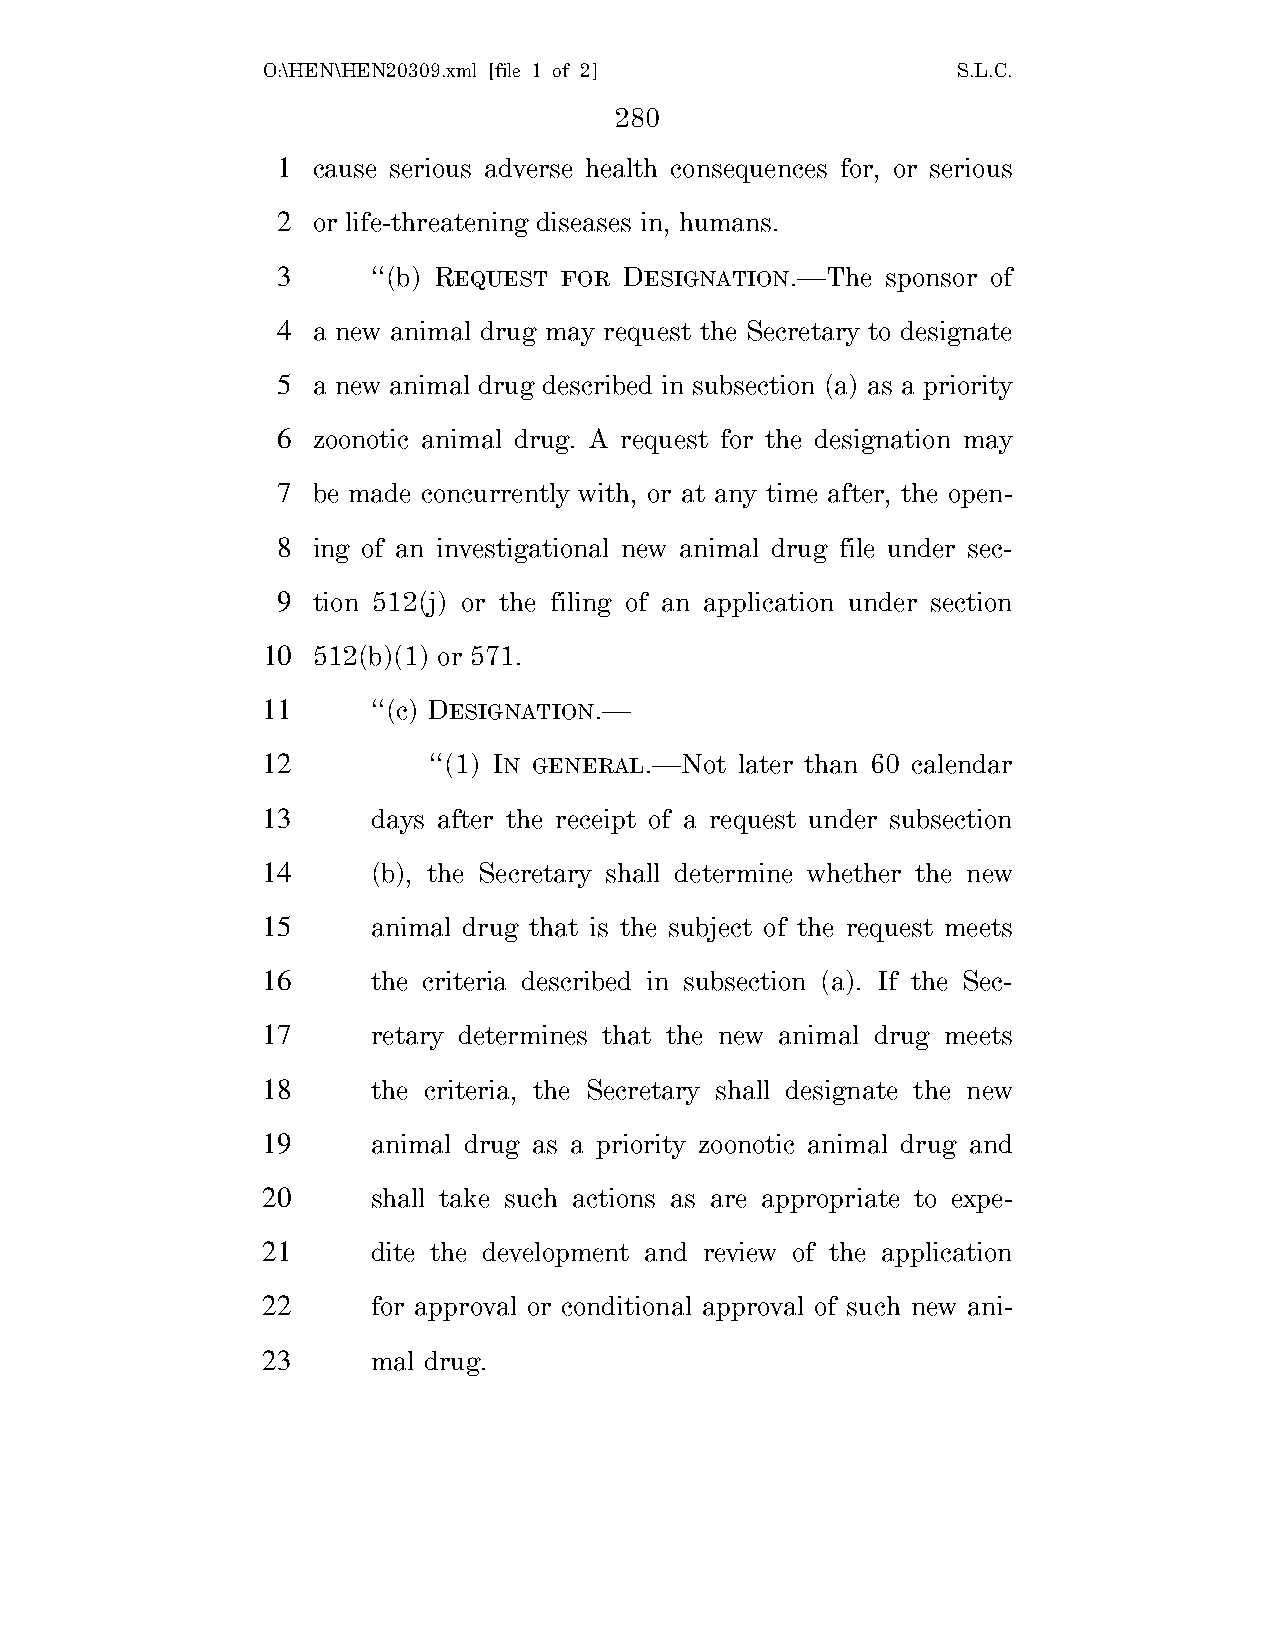
O:\HEN\HEN20309.xml [file 1 of 2]             S.L.C.
 280
 1  cause serious adverse health consequences for, or serious
 2  or life-threatening diseases in, humans.
 3      ‘‘(b) REQUEST FOR DESIGNATION.—The sponsor of
 4  a new animal drug may request the Secretary to designate
 5  a new animal drug described in subsection (a) as a priority
 6  zoonotic animal drug. A request for the designation may
 7  be made concurrently with, or at any time after, the open-
 8  ing of an investigational new animal drug file under sec-
 9  tion 512(j) or the filing of an application under section
 10  512(b)(1) or 571.
 11      ‘‘(c) DESIGNATION.—
 12         ‘‘(1) IN GENERAL.—Not later than 60 calendar
 13      days after the receipt of a request under subsection
 14      (b), the Secretary shall determine whether the new
 15      animal drug that is the subject of the request meets
 16      the criteria described in subsection (a). If the Sec-
 17      retary determines that the new animal drug meets
 18      the criteria, the Secretary shall designate the new
 19      animal drug as a priority zoonotic animal drug and
 20      shall take such actions as are appropriate to expe-
 21      dite the development and review of the application
 22      for approval or conditional approval of such new ani-
 23      mal drug.